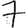
Digit: 7